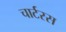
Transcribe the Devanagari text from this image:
चार्टरस